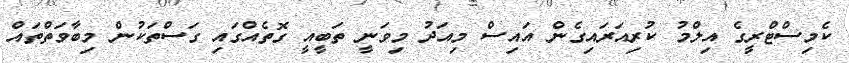
ކެމިސްޓްރީގެ އިލްމު ކުރިއަރައިގެން އައިސް މިއަދު މިވަނީ ތަބީއީ ގޮތެއްގައި ގަސްތަކުން މިބާވަތްތައް